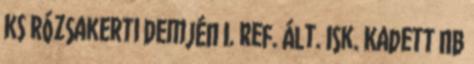
KS Rózsakerti Demjén I. Ref. Ált. Isk. Kadett NB